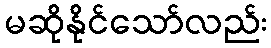
မဆိုနိုင်သော်လည်း